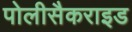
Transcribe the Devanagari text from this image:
पोलीसैकराइड